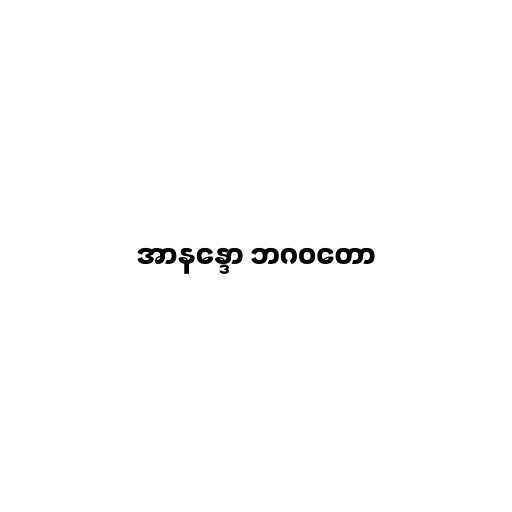
အာနန္ဒော ဘဂဝတော